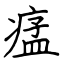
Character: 𤷪